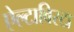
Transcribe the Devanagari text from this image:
ऐल्टाविस्टा